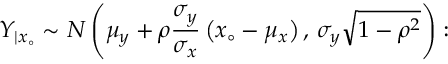
Y _ { | x _ { \circ } } \sim { \cal N } \left( \mu _ { y } + \rho \frac { \sigma _ { y } } { \sigma _ { x } } \left( x _ { \circ } - \mu _ { x } \right) , \, \sigma _ { y } \sqrt { 1 - \rho ^ { 2 } } \right) :